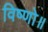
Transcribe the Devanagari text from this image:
विष्णो॥